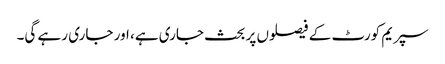
سپریم کورٹ کے فیصلوں پر بحث جاری ہے، اور جاری رہے گی۔